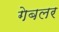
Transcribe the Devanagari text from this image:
गेबलर